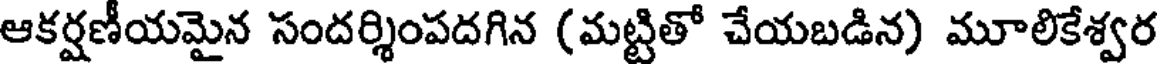
ఆకర్షణీయమైన సందర్శింపదగిన (మట్టితో చేయబడిన) మూలికేశ్వర